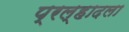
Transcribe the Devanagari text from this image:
प्रल्हादला